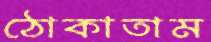
ঠোকাতাম